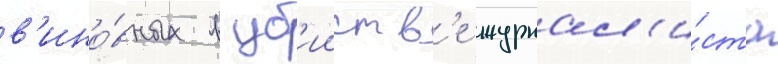
в'ино́вных в уб'ииств'е журнал'и́ста